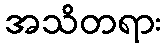
အသိတရား